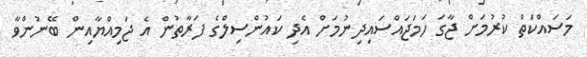
މަސައްކަތް ކުރުމަށް ޖާގަ ހަމަޖައްސައިދިނުމަށް އެދި ކައުންސިލްގެ ފަރާތުން އެ ޖަމިއްޔާއިން ބޭނުންވާ